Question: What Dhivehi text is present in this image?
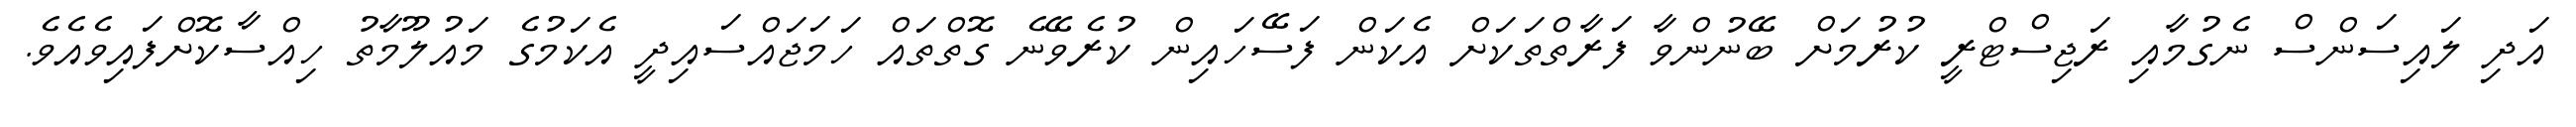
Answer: އަދި ލައިސަންސް ނެގުމާއި ރަޖިސްޓްރީ ކުރުމަށް ބޭނުންވާ ފަރާތްތަކަށް އެކަން ފަސޭހައިން ކުރެވޭނެ ގޮތްތައް ހަމަޖައްސައިދީ އެކަމުގެ މައުލޫމާތު ހިއްސާކޮށްފައިވެއެވެ.